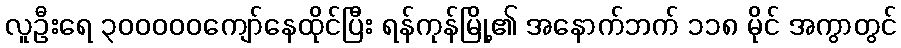
လူဦးရေ ၃၀၀၀၀၀ကျော်နေထိုင်ပြီး ရန်ကုန်မြို့၏ အနောက်ဘက် ၁၁၈ မိုင် အကွာတွင်